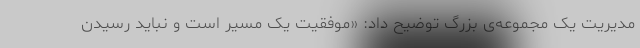
مدیریت یک مجموعه‌ی بزرگ توضیح داد: «موفقیت یک مسیر است و نباید رسیدن